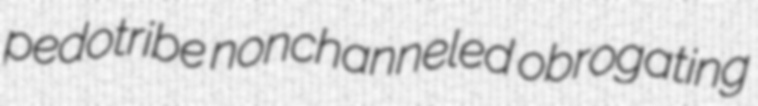
pedotribe nonchanneled obrogating